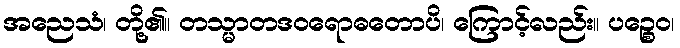
အညေသံ၊ တို့၏။ တသ္မာတဒဝရောဓတောပိ၊ ကြောင့်လည်း။ ပဉ္စေဝ၊